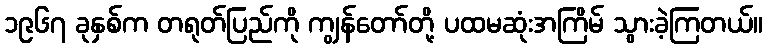
၁၉၆၇ ခုနှစ်က တရုတ်ပြည်ကို ကျွန်တော်တို့ ပထမဆုံးအကြိမ် သွားခဲ့ကြတယ်။